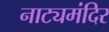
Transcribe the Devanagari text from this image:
नाट्यमंदिर